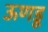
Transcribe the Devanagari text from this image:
ऊणडू